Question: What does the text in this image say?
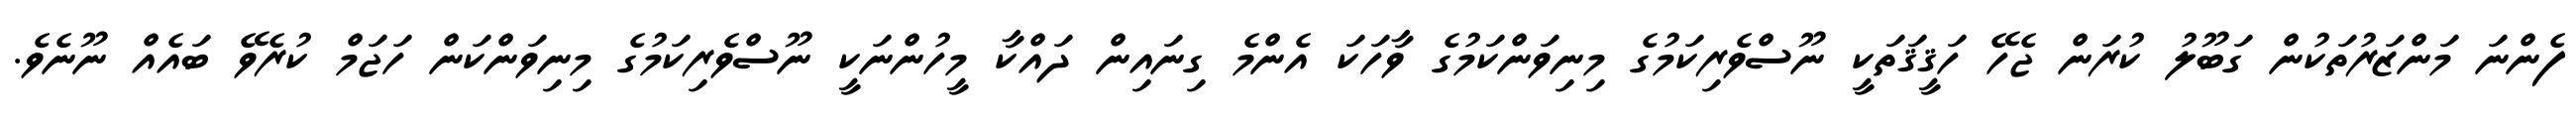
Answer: ފެންނަ މަންޒަރުތަކުން ގަބޫލު ކުރަން ޖެހޭ ހަޤީޤަތަކީ ނޫސްވެރިކަމުގެ މިނިވަންކަމުގެ ވާހަކަ އެންމެ ގިނައިން ދައްކާ މީހުންނަކީ ނޫސްވެރިކަމުގެ މިނިވަންކަން ހަޖަމް ކުރެވޭ ބައެއް ނޫނެވެ.